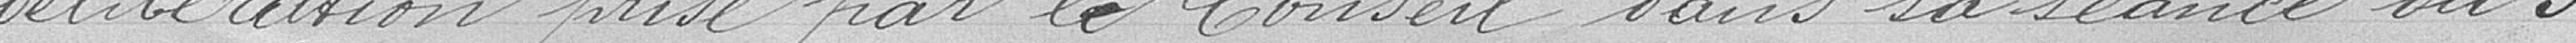
délibération prise par le Conseil dans sa séance du 3